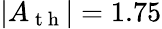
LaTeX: |A_{\mathrm{~t~h~}}|=1.75